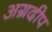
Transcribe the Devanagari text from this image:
अग्रदीप